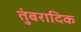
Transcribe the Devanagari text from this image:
तुंबरादिक